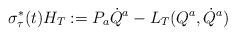
LaTeX: \begin{align*}{\sigma_{\tau}^{*}}(t)H_{T}:=P_{a}\dot{Q}^{a}-L_{T}(Q^{a},\dot{Q}^{a})\end{align*}